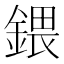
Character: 鍡